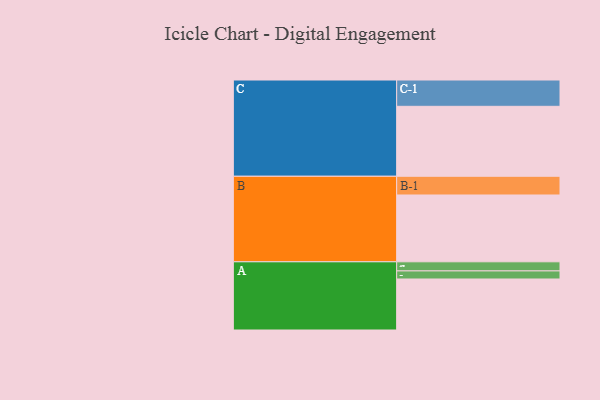
{"axis": {"x": "Segment", "y": "Value"}, "legend": ["", "A", "B", "C"], "data": [{"x": "A", "y": 436, "type": ""}, {"x": "B", "y": 571, "type": ""}, {"x": "C", "y": 598, "type": ""}, {"x": "A-1", "y": 69, "type": "A"}, {"x": "A-2", "y": 78, "type": "A"}, {"x": "B-1", "y": 160, "type": "B"}, {"x": "C-1", "y": 225, "type": "C"}]}